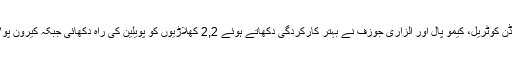
ویسٹ انڈیز کی جانب سے شیلڈن کوٹریل، کیمو پال اور الزاری جوزف نے بہتر کارکردگی دکھاتے ہوئے 2,2 کھلاڑیوں کو پویلین کی راہ دکھائی جبکہ کیرون پولارڈ نے ایک وکٹ حاصل کی۔